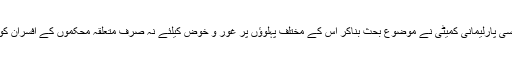
تھرور کے بقول غالباً پہلی بار کسی بھی ملک کے ساتھ دوطرفہ تعلقات کو کسی پارلیمانی کمیٹی نے موضوع بحث بناکر اس کے مختلف پہلوؤں پر غور و خوض کیلئے نہ صرف متعلقہ محکموں کے افسران کو طلب کیا، بلکہ اکیڈمک سے وابستہ غیر سرکار ی افراد سے بھی استفادہ کیا۔